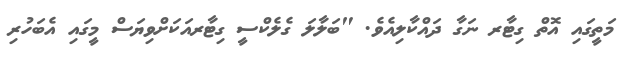
މަތީގައި އޮތް ގިޓާރ ނަގާ ދައްކާލިއެވެ. "ބަލާލަ ގެލެކްސީ ގިޓާރއަކަށްވިޔަސް މީގައި އެބަހުރި